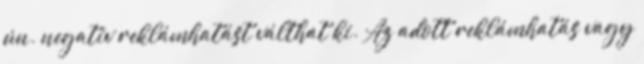
ún. negatív reklámhatást válthat ki. Az adott reklámhatás vagy